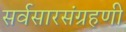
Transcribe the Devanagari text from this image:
सर्वसारसंग्रहणी